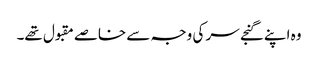
وہ اپنے گنجے سر کی وجہ سے خاصے مقبول تھے۔